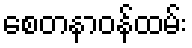
စေတနာဝန်ထမ်း